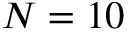
N = 1 0